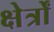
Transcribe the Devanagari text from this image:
क्षेर्त्रों